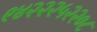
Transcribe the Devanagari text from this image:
९४२२२५२२०८